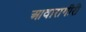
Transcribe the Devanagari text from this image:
आवारागीरी